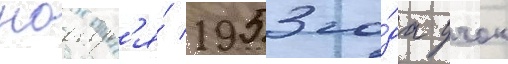
ноабр'я́ 1953 го́да учок